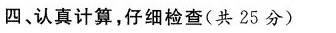
四、认真计算，仔细检查（共25分）